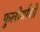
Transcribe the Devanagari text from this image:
फुलोर्याची